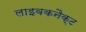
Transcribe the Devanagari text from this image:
लाइवकनैक्ट